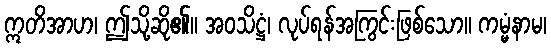
ဣတိအာဟ၊ ဤသို့ဆို၏။ အဝသိဋ္ဌံ၊ လုပ်ရန်အကြွင်းဖြစ်သော။ ကမ္မံနာမ၊